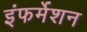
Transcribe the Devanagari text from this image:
इंफर्मेशन